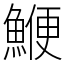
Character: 鯾